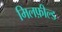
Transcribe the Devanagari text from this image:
मिलफ़ील्ड